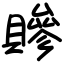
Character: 贂